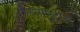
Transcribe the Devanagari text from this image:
गैरसामुद्रीय